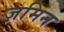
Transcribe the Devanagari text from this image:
ज़मिन